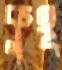
কুহূ